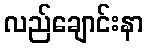
လည်ချောင်းနာ